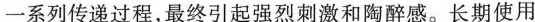
一系列传递过程，最终引起强烈刺激和陶醉感。长期使用